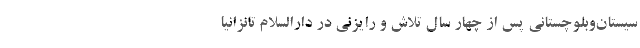
سیستان‌وبلوچستانی پس از چهار سال تلاش و رایزنی در دارالسلام تانزانیا